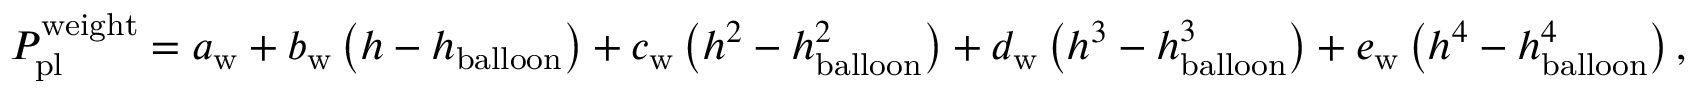
\begin{array} { r } { P _ { \mathrm { p l } } ^ { \mathrm { w e i g h t } } = a _ { \mathrm { w } } + b _ { \mathrm { w } } \left( h - h _ { \mathrm { b a l l o o n } } \right) + c _ { \mathrm { w } } \left( h ^ { 2 } - h _ { \mathrm { b a l l o o n } } ^ { 2 } \right) + d _ { \mathrm { w } } \left( h ^ { 3 } - h _ { \mathrm { b a l l o o n } } ^ { 3 } \right) + e _ { \mathrm { w } } \left( h ^ { 4 } - h _ { \mathrm { b a l l o o n } } ^ { 4 } \right) , } \end{array}